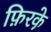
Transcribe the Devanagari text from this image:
फ़िरके़